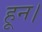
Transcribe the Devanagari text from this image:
हून।